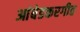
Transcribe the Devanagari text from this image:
आंबेडकरगीत